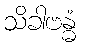
သိခါဗန္ဓံ